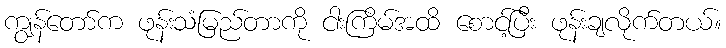
ကျွန်တော်က ဖုန်းသံမြည်တာကို ငါးကြိမ်အထိ စောင့်ပြီး ဖုန်းချလိုက်တယ်။